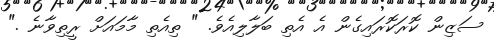
ސަޒިން ކޮރަކޮރައިގެން އެ އެތި ބަލާލިއެވެ. " ތިއެތި މާމައަށް ރީތިވާނެ ."